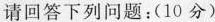
请回答下列问题：(10分)